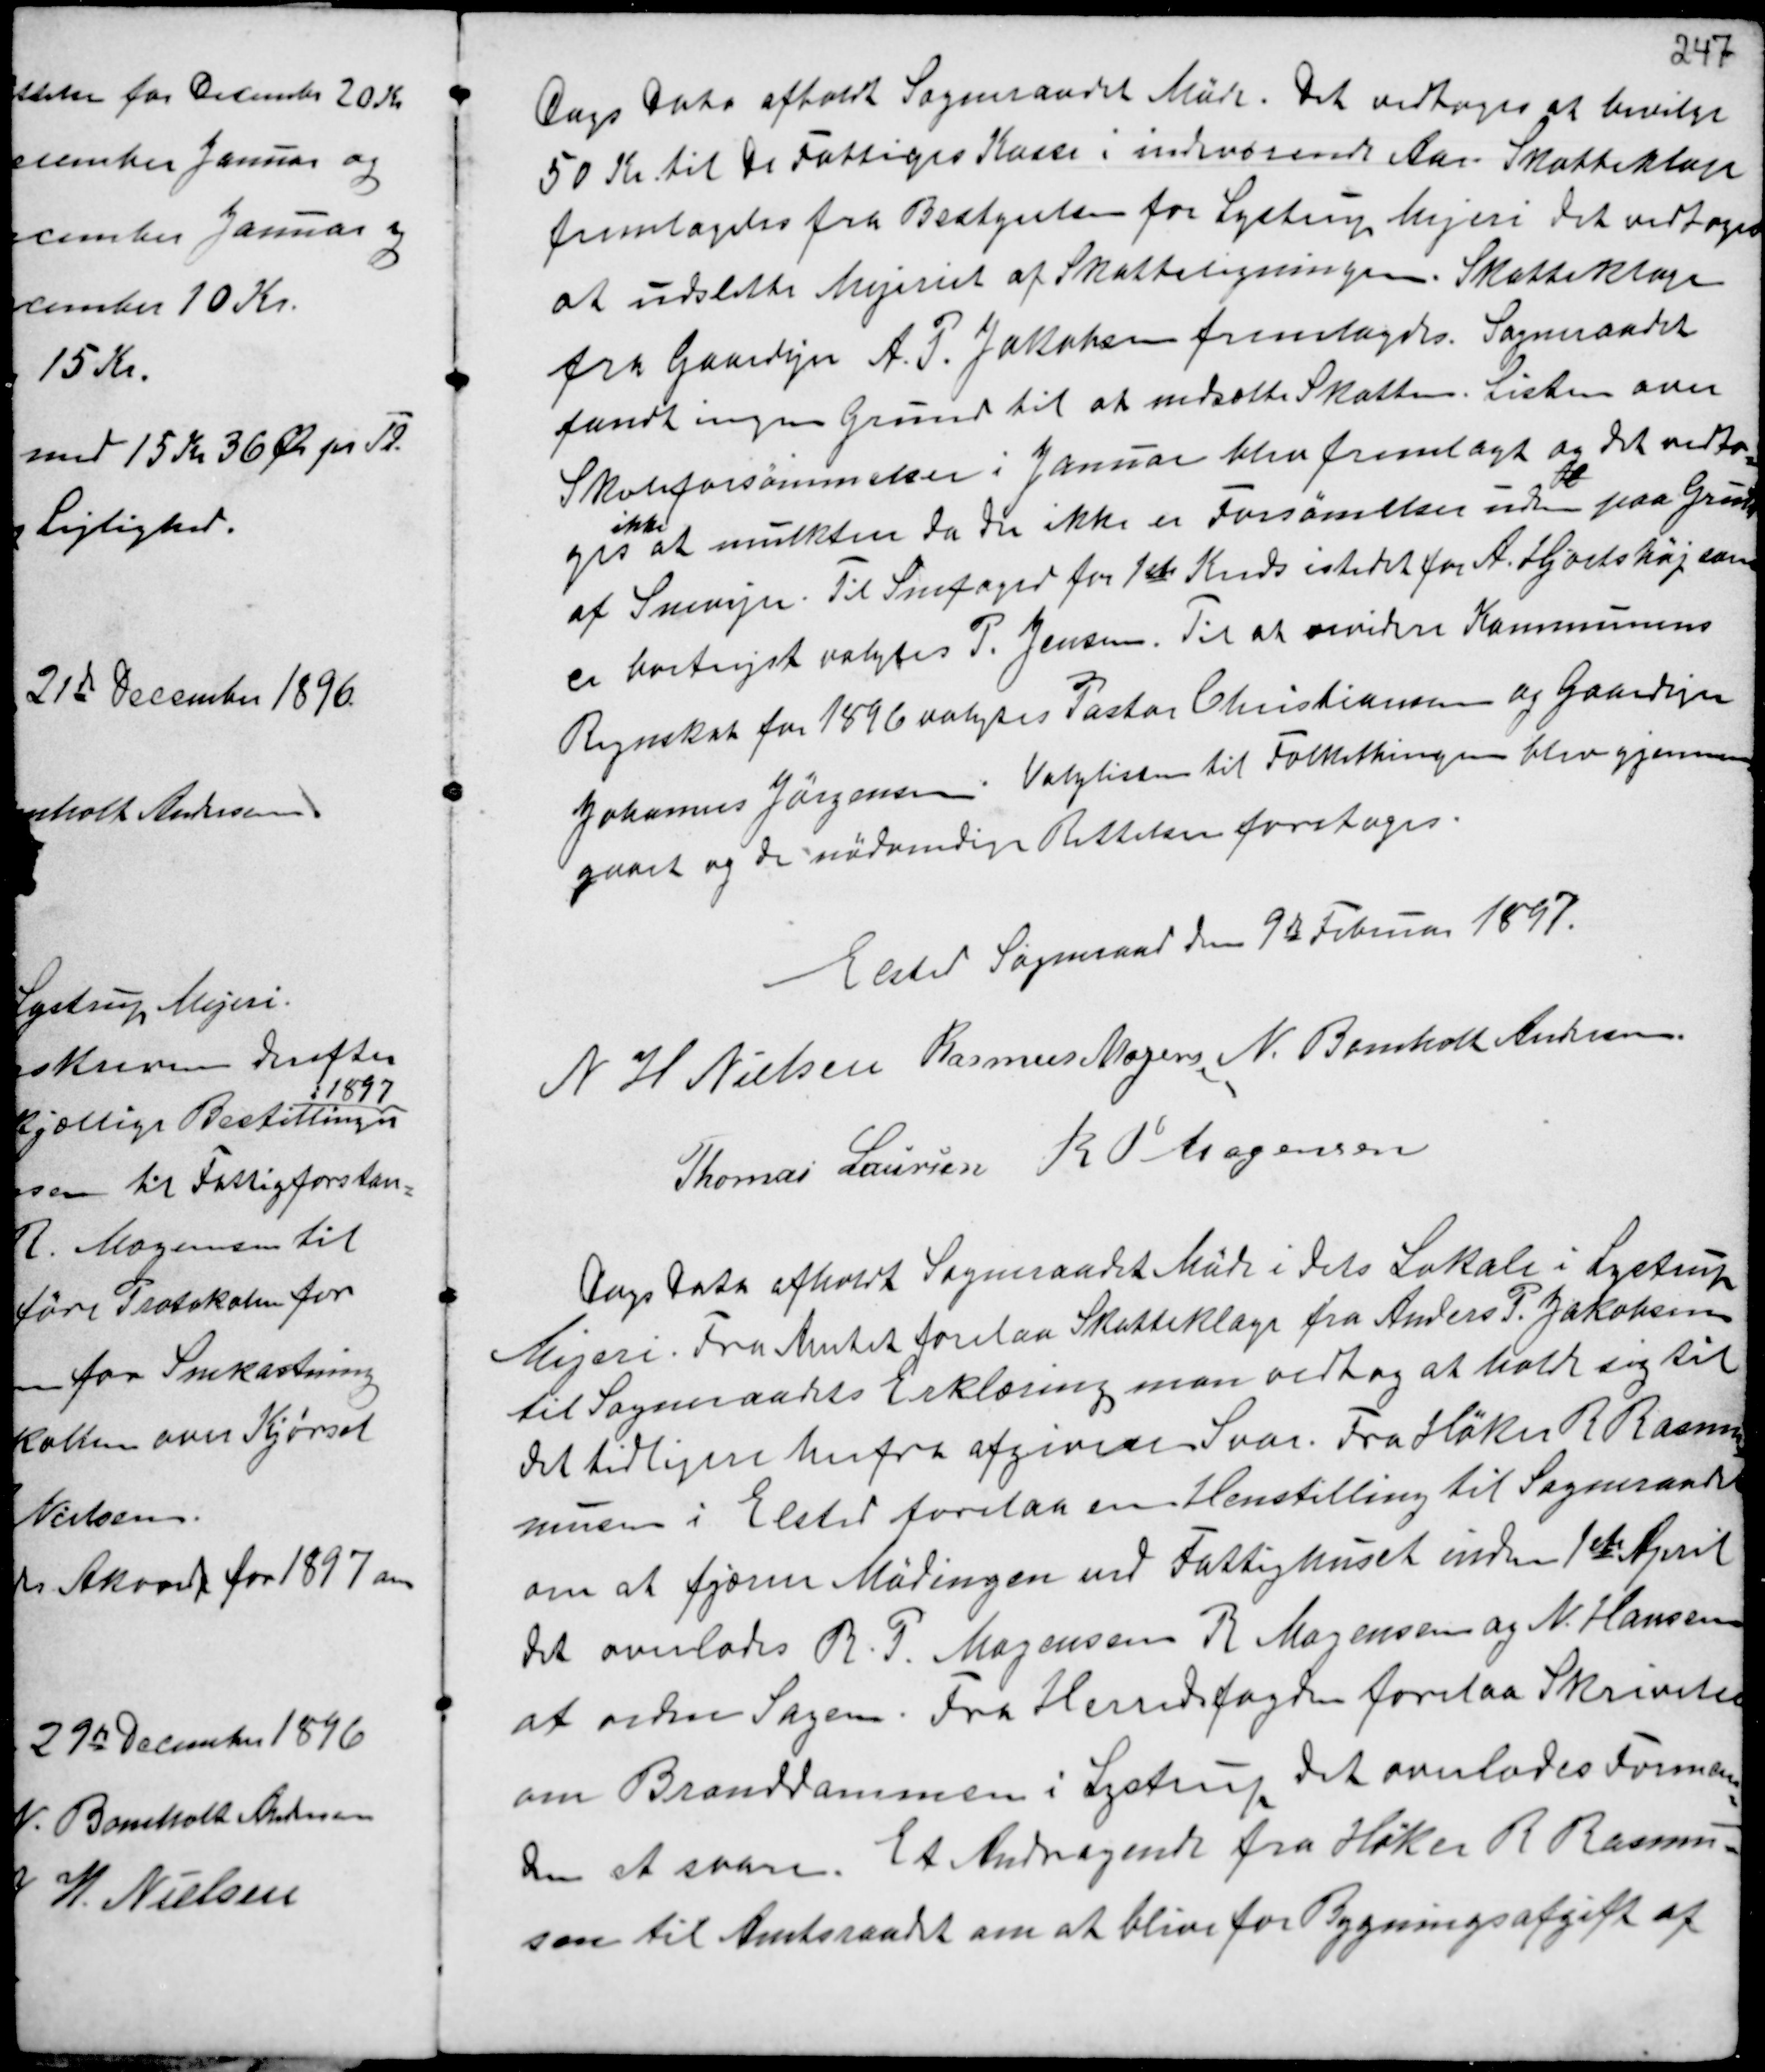
Transskription:
Dags Dato afholdt Sogneraadet Møde. Det vedtoges at bevilge
50 Kr. til De Fattiges Kasse i indeværende Aar. Skatteklage
fremlagdes fra bestyrelsen for Lystrup Mejeri det vedtoges
at udslette Mejeriet af Skatteligningen. Skatteklage
fra Gaardejer A. P. Jakobsen fremlagdes. Sogeraadet
fandt ingen Grund til at nedsætte Skatten. Listen over
Skoleforsømmelser i Januar blev fremlagt og det vedtog-
ges
ikke
at mulktere da der ikke er Forsømmelser uden
b
paa Grund
af Snevejr. Til Snefoged for 1ste Kreds istedetfor A. Hjortshøj som
er bortrejst valgtes P. Jensen. Til at revidere Kommunens
Regnskab for 1896 valgtes Pastor Christiansen og Gaardejer
Johannes Jørgensen. Valglisten til Folkethingen blev gjennem-
gaaet og de nødvendige Rettelser foretoges.

Elsted Sognerrad den 9de Februar 1897.
N H Nielsen Rasmus Mogensen N. Bomholt Andersen
Thomas Laursen R P Mogensen

Dags Dato afholdt Sogneraadet Møde i dets Lokale i Lystrup
Mejeri. Fra Amtet forelaa Skatteklage fra Anders P. Jakobsen
til Sogneraadets Erklæring, man vedtog at holde sig til
det tidligere herfra afgivne Svar. Fra Høker R Rasmu
musen i Elsted forelaa en Henstilling til Sogneraadet
om at fjærne Malingen ved Fattighuset inden 1ste April
det overlodes R. P. Mogensen R Mogensen og N. Hansen
at ordne Sagen. Fra Herredsfogden forelaa Skrivelse
om Branddammen i Lystrup det overlades Forman-
den at svare. Et Andragende fra Høker R Rasmus-
sen til Amtsraadet om at blive for Bygningsafgift af